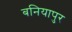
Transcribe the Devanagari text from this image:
बनियापुर